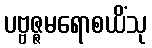
ပဗ္ဗဇ္ဇမရောစယိံသု